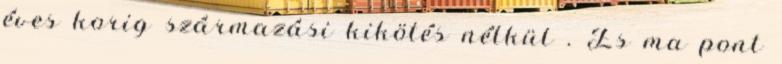
éves korig származási kikötés nélkül . És ma pont